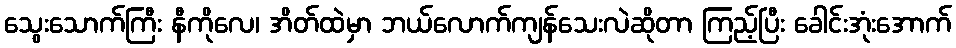
သွေးသောက်ကြီး နီကိုလေ၊ အိတ်ထဲမှာ ဘယ်လောက်ကျန်သေးလဲဆိုတာ ကြည့်ပြီး ခေါင်းအုံးအောက်